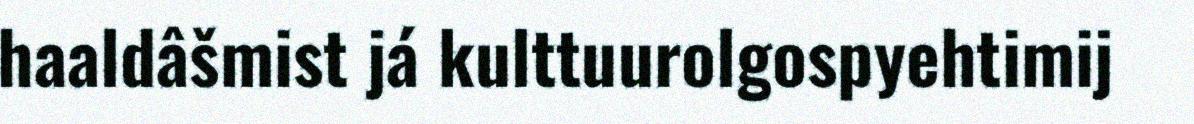
haaldâšmist já kulttuurolgospyehtimij